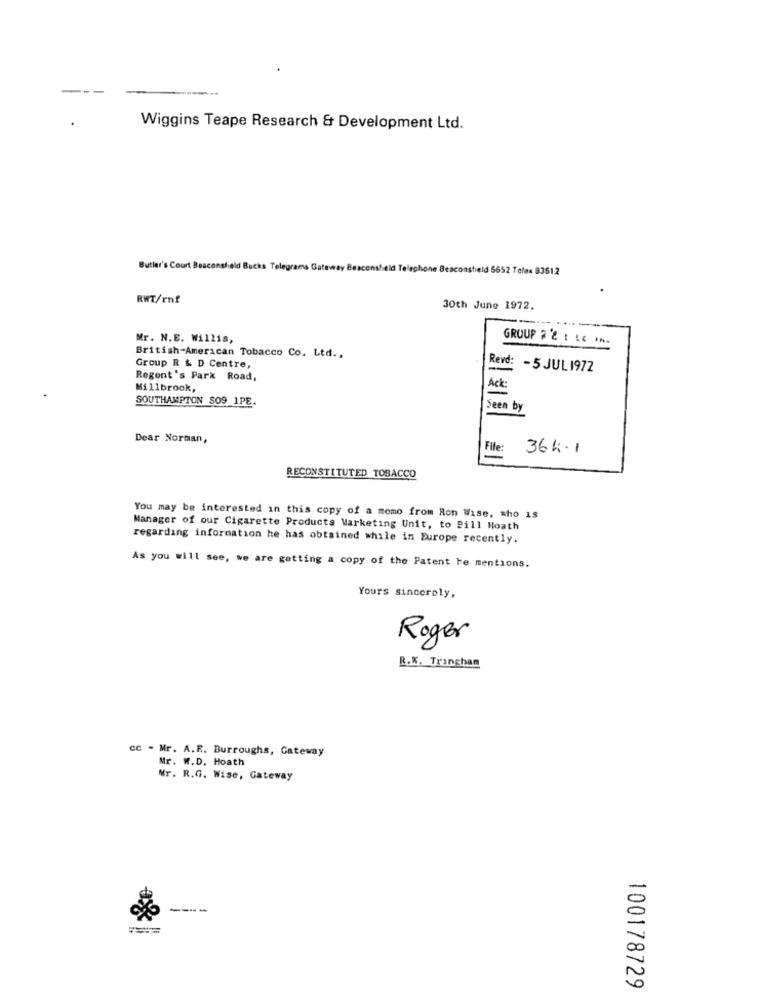
Wiggins Teape Research & Development Ltd.
Butler's Court Beaconshield Bucks Telegrams Gateway Beaconshield Telephone Beaconshield 5652 Telex 83612
RWT/rnf
30th June 1972.
--
Mr. N.E. Willis,
GROUP 2 2 : LE **-
British-American Tobacco Co. Ltd .,
Revd:
Group R & D Centre,
-
-5 JUL 1972
Regent's Park Road,
Millbrook,
Ack:
SOUTHAMPTON SO9 1PE.
Seen by
Dear Norman,
File:
364.1
RECONSTITUTED TOBACCO
You may be interested in this copy of a memo from Ron Wise, who is
Manager of our Cigarette Products Marketing Unit, to Bill Hoath
regarding information he has obtained while in Europe recently.
As you will see, we are getting a copy of the Patent te mentions.
Yours sincerely,
Roger
R.K. Tringham
cc - Mr. A.E. Burroughs, Gateway
Mr. W.D. Hoath
Mr. R.G. Wise, Gateway
-
100178729